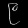
Digit: ၉